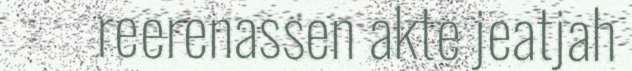
reerenassen akte jeatjah